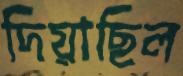
দিয়াছিল